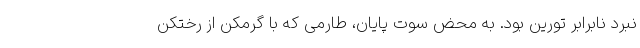
نبرد نابرابر تورین بود. به محض سوت پایان، طارمی که با گرمکن از رختکن